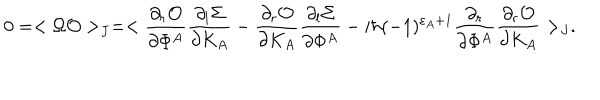
0 = < \Omega { \cal O } > _ { J } = < { \frac { \partial _ { r } { \cal O } } { \partial \Phi ^ { A } } } { \frac { \partial _ { l } \Sigma } { \partial K _ { A } } } - { \frac { \partial _ { r } { \cal O } } { \partial K _ { A } } } { \frac { \partial _ { l } \Sigma } { \partial \Phi ^ { A } } } - i \hbar ( - 1 ) ^ { \varepsilon _ { A } + 1 } { \frac { \partial _ { r } } { \partial \Phi ^ { A } } } { \frac { \partial _ { r } { \cal O } } { \partial K _ { A } } } > _ { J } .